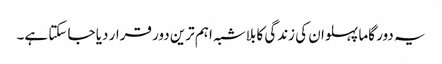
یہ دور گاما پہلوان کی زندگی کا بلاشبہ اہم ترین دور قرار دیا جا سکتا ہے۔